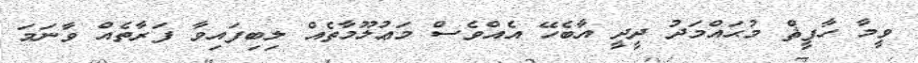
ވީމާ ހާފީޘް މުޙައްމަދު ދީދީ އާބެހޭ އެއްވެސް މަޢުލޫމާތެއް ލިބިފައިވާ ފަރާތެއް ވާނަމަ